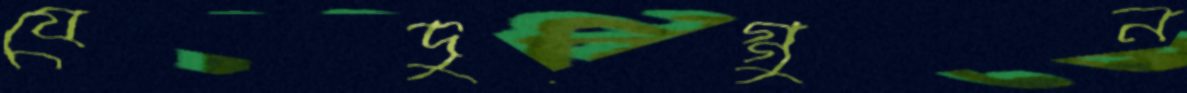
যেদুগ্গুন